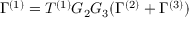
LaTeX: \Gamma ^ { ( 1 ) } = T ^ { ( 1 ) } G _ { 2 } G _ { 3 } ( \Gamma ^ { ( 2 ) } + \Gamma ^ { ( 3 ) } )